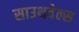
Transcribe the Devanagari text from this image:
साउथवेल्स